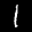
Label: 1